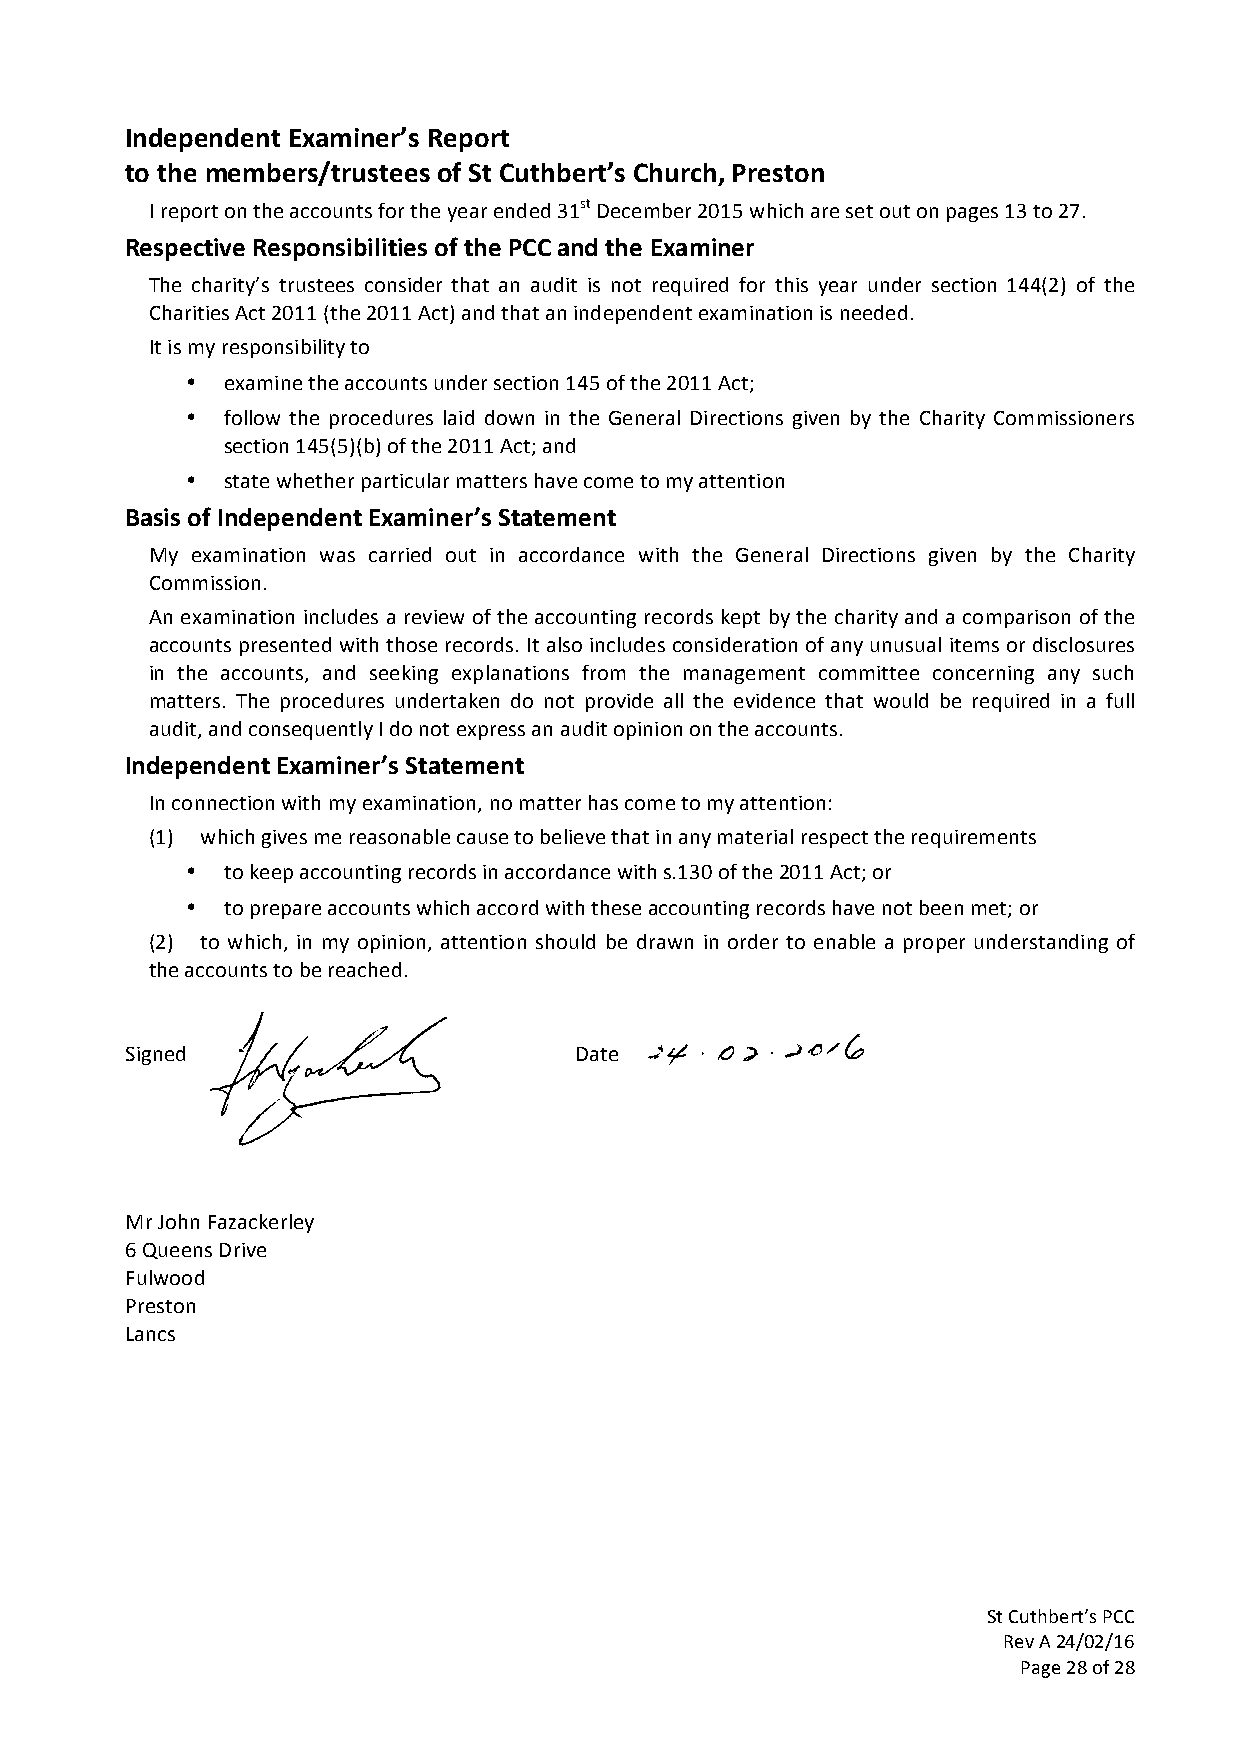
Independent Examiner’s Report
 to the members/trustees of St Cuthbert’s Church, Preston
 I report on the accounts for the year ended 31st December 2015 which are set out on pages 13 to 27.
 Respective Responsibilities of the PCC and the Examiner
 The charity’s trustees consider that an audit is not required for this year under section 144(2) of the
 Charities Act 2011 (the 2011 Act) and that an independent examination is needed.
 It is my responsibility to
 •  examine the accounts under section 145 of the 2011 Act;
 •  follow the procedures laid down in the General Directions given by the Charity Commissioners
 section 145(5)(b) of the 2011 Act; and
 •  state whether particular matters have come to my attention
 Basis of Independent Examiner’s Statement
 My examination was carried out in accordance with the General Directions given by the Charity
 Commission.
 An examination includes a review of the accounting records kept by the charity and a comparison of the
 accounts presented with those records. It also includes consideration of any unusual items or disclosures
 in the accounts, and seeking explanations from the management committee concerning any such
 matters. The procedures undertaken do not provide all the evidence that would be required in a full
 audit, and consequently I do not express an audit opinion on the accounts.
 Independent Examiner’s Statement
 In connection with my examination, no matter has come to my attention:
 (1) which gives me reasonable cause to believe that in any material respect the requirements
 •  to keep accounting records in accordance with s.130 of the 2011 Act; or
 •  to prepare accounts which accord with these accounting records have not been met; or
 (2) to which, in my opinion, attention should be drawn in order to enable a proper understanding of
 the accounts to be reached.
 Signed                        Date
 Mr John Fazackerley
 6 Queens Drive
 Fulwood
 Preston
 Lancs
 St Cuthbert’s PCC
 Rev A 24/02/16
 Page 28 of 28